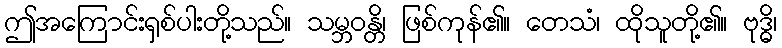
ဤအကြောင်းရှစ်ပါးတို့သည်။ သမ္ဘဝန္တိ၊ ဖြစ်ကုန်၏။ တေသံ၊ ထိုသူတို့၏။ ဗုဒ္ဓိ၊